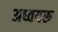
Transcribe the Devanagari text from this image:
अध्वयरू